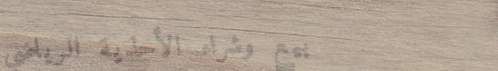
بيع وشراء الأحذية الرياضي